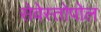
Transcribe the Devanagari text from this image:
सेवेस्तोपोल